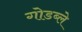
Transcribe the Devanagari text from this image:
गोडब्ले